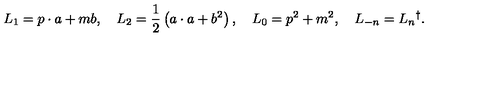
L _ { 1 } = p \cdot a + m b , \quad L _ { 2 } = \frac 1 2 \left( a \cdot a + b ^ { 2 } \right) , \quad L _ { 0 } = p ^ { 2 } + m ^ { 2 } , \quad L _ { - n } = L _ { n } { } ^ { \dag } .